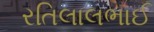
રતિલાલભાઈ